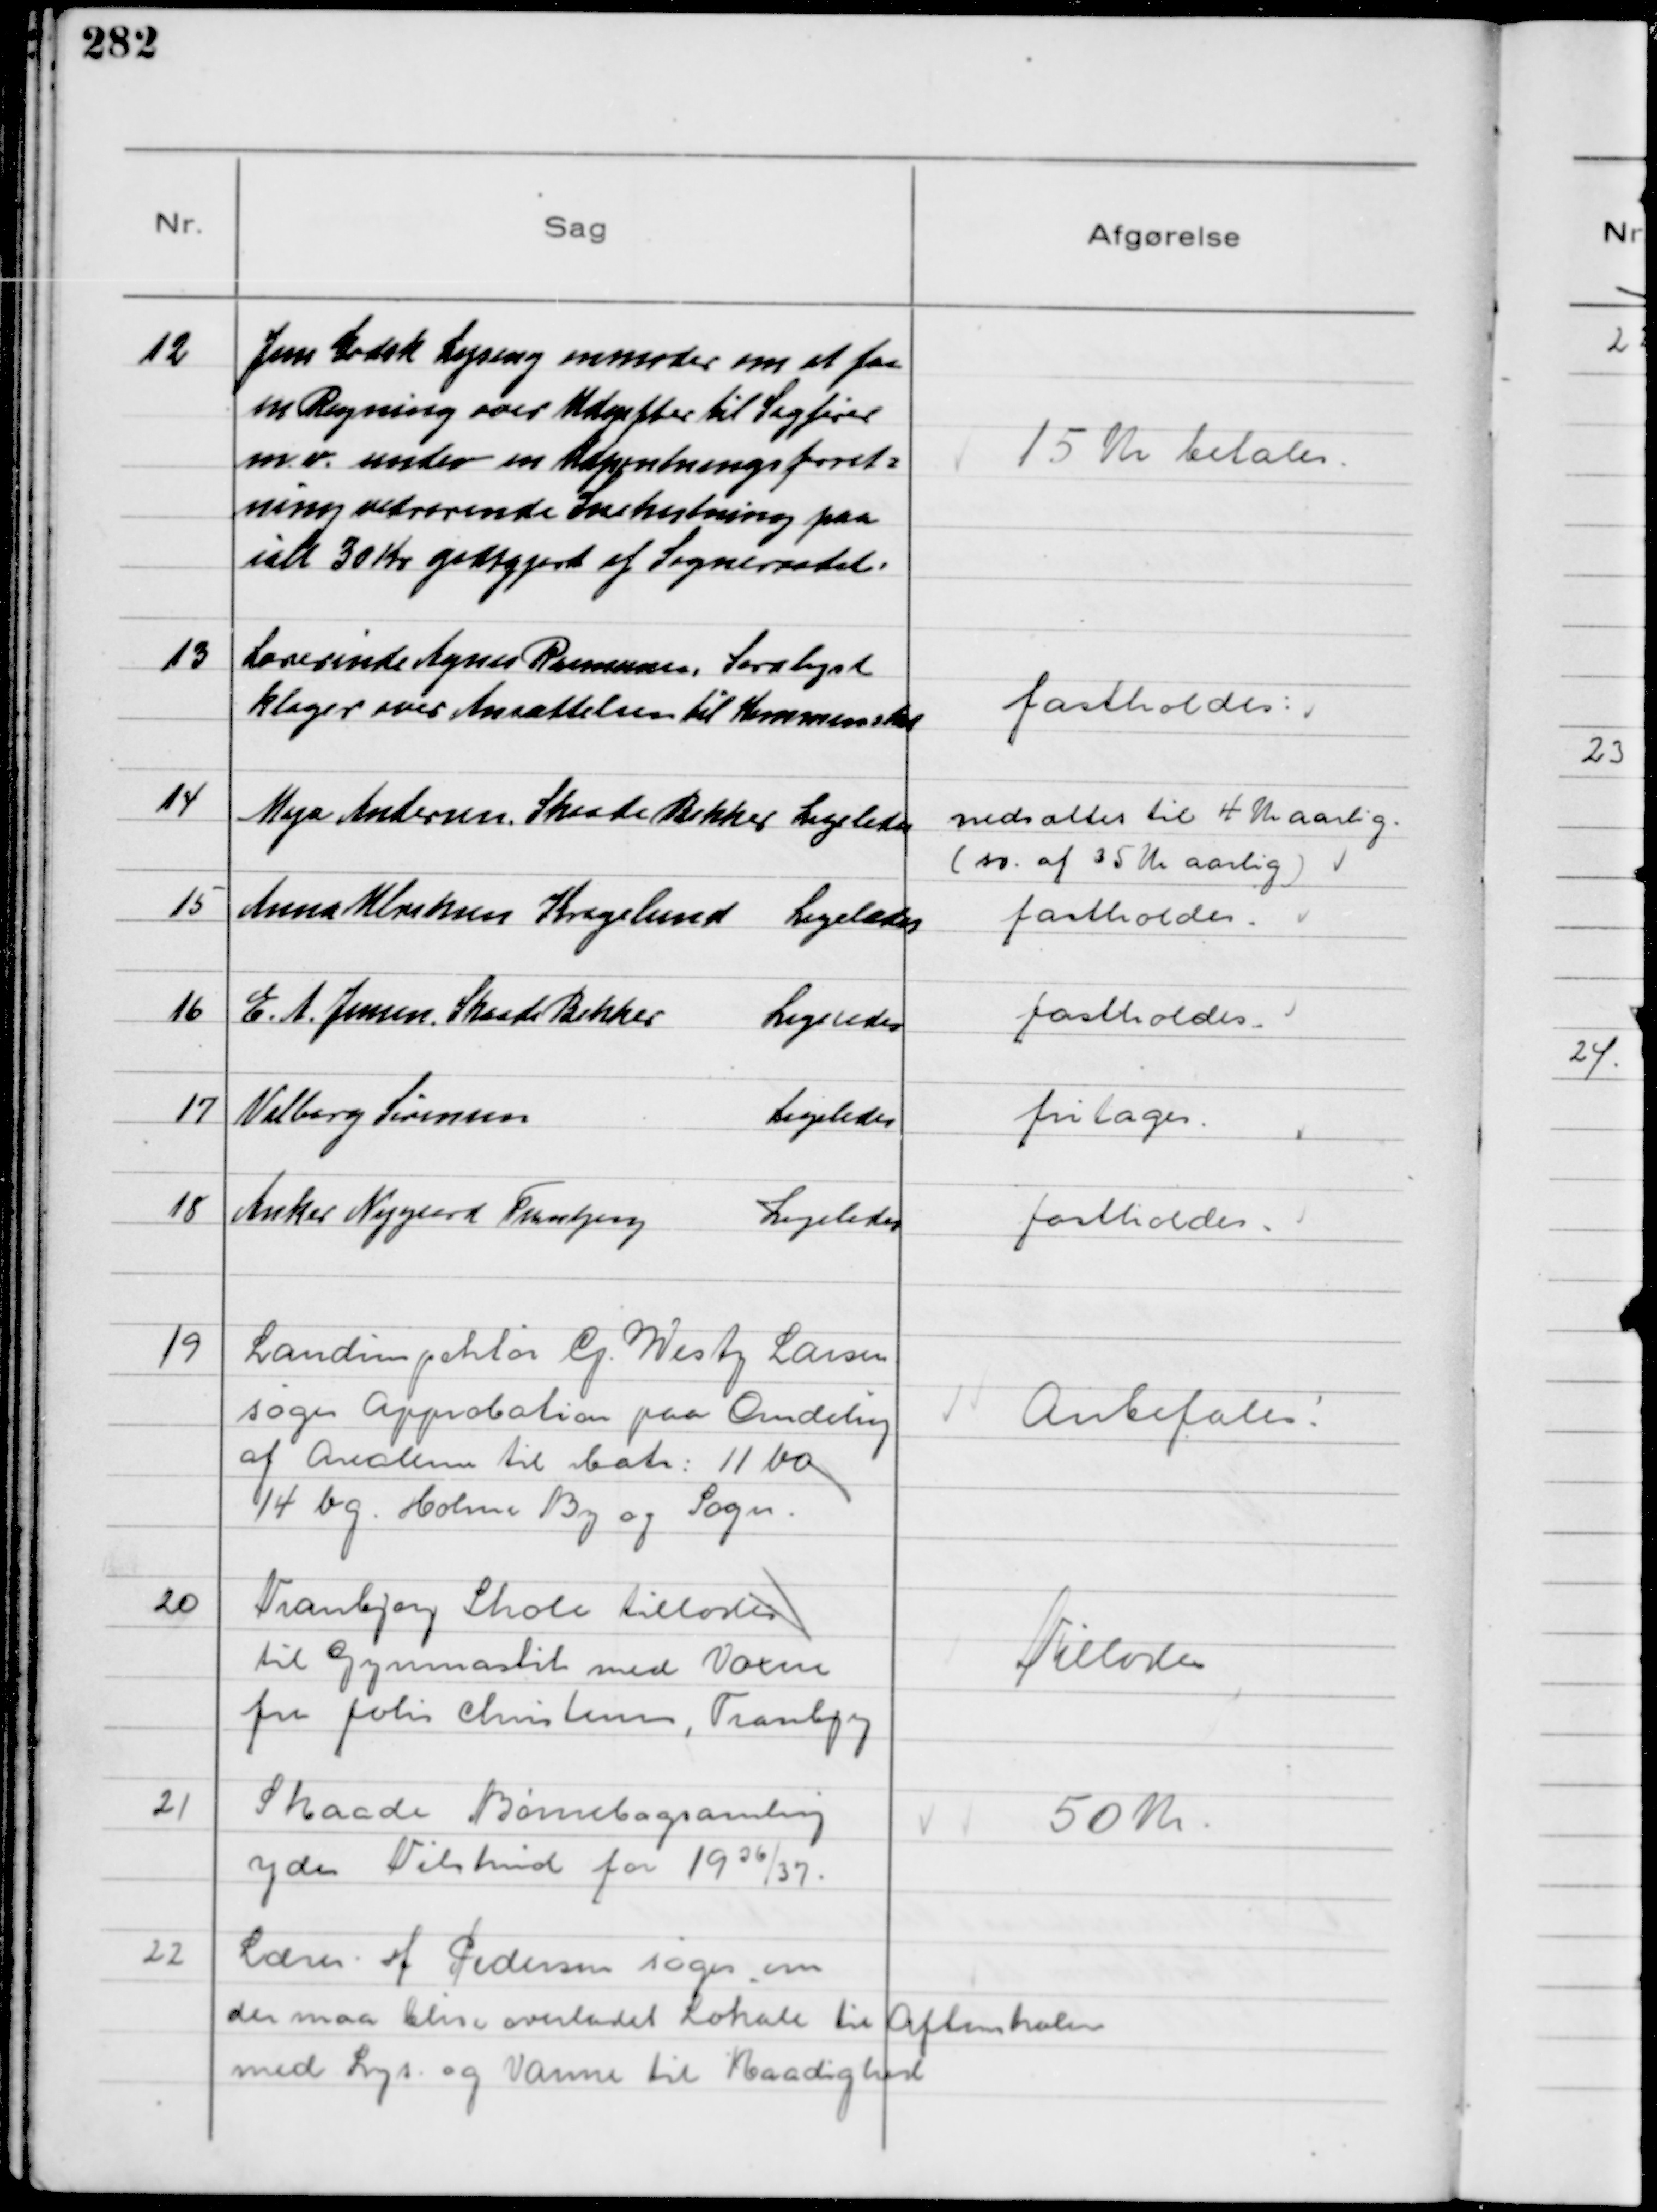
Transskription:
12
Jens Godsk Lyseng anmoder om at faa
en Regning over Udgifter til Sagfører
m.v. under en Udpantningsforet-
ning vedrørende Snekastning paa
ialt 30 Kr godtgjort af Sogneraadet

15 Kr betales

13
Lærerinde Agnes Rasmussen, Saralyst
klager over Ansættelsen til Kommuneskat

fastholdes

14
Maja Andersen, Skaade Bakker Ligeledes

nedsattes til 4 Kr aarlig
(sv. af 35 Kr aarlig)

15
Anna Ulriksen Kragelund Ligeledes

fastholdes

16
E. A. Jensen, Skaade Bakker Ligeledes

fastholdes

17
Valborg Sørensen Ligeledes

fritages

18
Anker Nygaard Tranbjerg Ligeledes

fastholdes

19
Landinspektør G Westy Larsen
søger Approbation paa Omdeling
af Arealerne til Matr: 11 bo
14 bg Holme By og Sogn

Anbefales

20
Tranbjerg Skole tillodes
til Gymnastik med Voxne
fra Julie Christensen, Tranbjerg

Tillodes

21
Skaade Børnebogsamling
ydes Tilskud for 1936/37

50 Kr

22
Lærer M Pedersen søger om
der maa blive overladet Lokale til Aftenskolen
med Lys og Varme til Raadighed